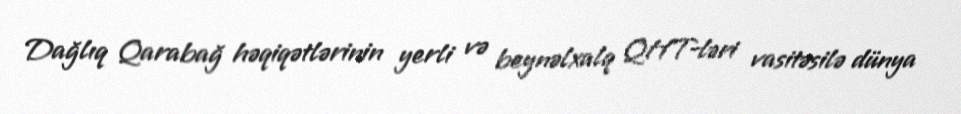
Dağlıq Qarabağ həqiqətlərinin yerli və beynəlxalq QHT-ləri vasitəsilə dünya